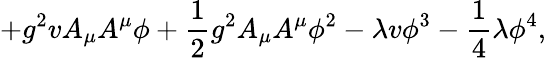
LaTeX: +g^{2}vA_{\mu}A^{\mu}\phi+\frac{1}{2}g^{2}A_{\mu}A^{\mu}\phi^{2}-\lambda v\phi^{3}-\frac{1}{4}\lambda\phi^{4},